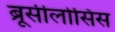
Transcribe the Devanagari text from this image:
ब्रूसीलोसिस